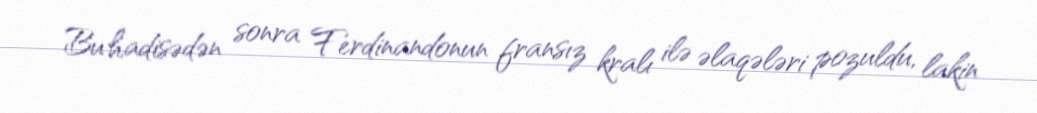
Bu hadisədən sonra Ferdinandonun fransız kralı ilə əlaqələri pozuldu, lakin